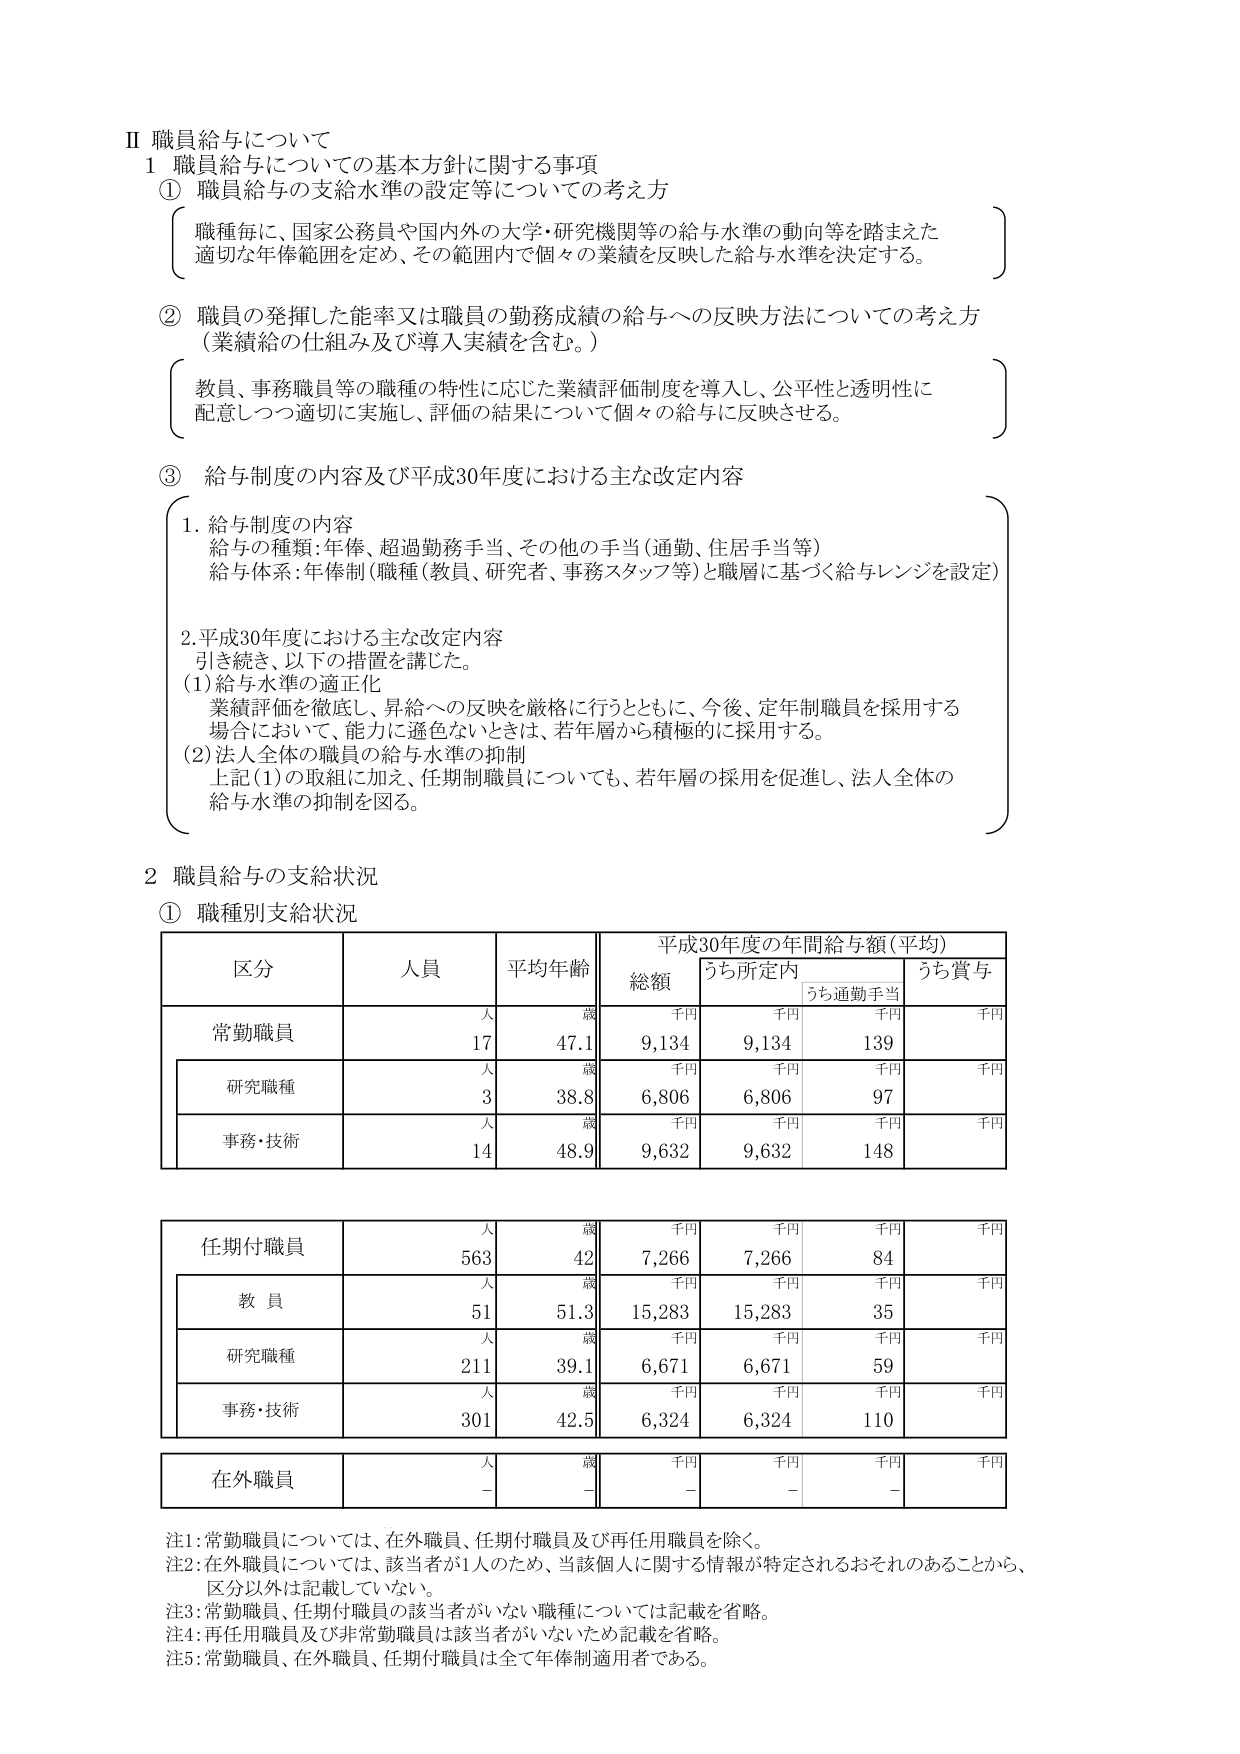
Ⅱ 職員給与について
1 職員給与についての基本方針に関する事項
① 職員給与の支給水準の設定等についての考え方
　職種毎に、国家公務員や国内外の大学・研究機関等の給与水準の動向等を踏まえた
　適切な年俸範囲を定め、その範囲内で個々の業績を反映した給与水準を決定する。

② 職員の発揮した能率又は職員の勤務成績の給与への反映方法についての考え方
　（業績給の仕組み及び導入実績を含む。）
　教員、事務職員等の職種の特性に応じた業績評価制度を導入し、公平性と透明性に
　配意しつつ適切に実施し、評価の結果について個々の給与に反映させる。

③ 給与制度の内容及び平成30年度における主な改定内容
　1. 給与制度の内容
　　給与の種類：年俸、超過勤務手当、その他の手当（通勤、住居手当等）
　　給与体系：年俸制（職種（教員、研究者、事務スタッフ等）と職層に基づく給与レンジを設定）

　2. 平成30年度における主な改定内容
　　引き続き、以下の措置を講じた。
　　(1) 給与水準の適正化
　　　業績評価を徹底し、昇給への反映を厳格に行うとともに、今後、定年制職員を採用する
　　　場合において、能力に遜色ないときは、若年層から積極的に採用する。
　　(2) 法人全体の職員の給与水準の抑制
　　　上記(1)の取組に加え、任期制職員についても、若年層の採用を促進し、法人全体の
　　　給与水準の抑制を図る。

2 職員給与の支給状況
① 職種別支給状況

| 区分 | 人員 | 平均年齢 | 平成30年度の年間給与額（平均） | | | |
|------|------|----------|-------------------------------|---|---|---|
|      |      |          | 総額 | うち所定内 | うち通勤手当 | うち賞与 |
|      |      |          | 千円 | 千円 | 千円 | 千円 |
| 常勤職員 | 人 | 歳 | 9,134 | 9,134 | 139 | |
| 研究職種 | 3 | 38.8 | 6,806 | 6,806 | 97 | |
| 事務・技術 | 14 | 48.9 | 9,632 | 9,632 | 148 | |
| 任期付職員 | 563 | 42 | 7,266 | 7,266 | 84 | |
| 教員 | 51 | 51.3 | 15,283 | 15,283 | 35 | |
| 研究職種 | 211 | 39.1 | 6,671 | 6,671 | 59 | |
| 事務・技術 | 301 | 42.5 | 6,324 | 6,324 | 110 | |
| 在外職員 | 人 | 歳 | - | - | - | |

注1：常勤職員については、在外職員、任期付職員及び再任用職員を除く。
注2：在外職員については、該当者が1人のため、当該個人に関する情報が特定されるおそれのあることから、
　区分以外は記載していない。
注3：常勤職員、任期付職員の該当者がいない職種については記載を省略。
注4：再任用職員及び非常勤職員は該当者がいないため記載を省略。
注5：常勤職員、在外職員、任期付職員は全て年俸制適用者である。